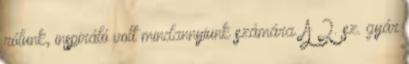
rólunk, inspiráló volt mindannyiunk számára. A 2. sz. gyár